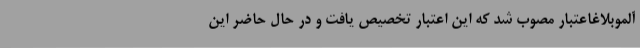
آلموبلاغاعتبار مصوب شد که این اعتبار تخصیص یافت و در حال حاضر این